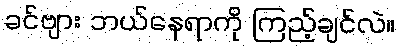
ခင်ဗျား ဘယ်နေရာကို ကြည့်ချင်လဲ။